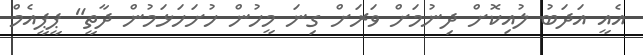
އެއީ އަދަބު ލުއިކޮށް ދިނުމަށް ވަރަށް ގިނަ މީހުން ހުށަހަޅަމުން ދާތީ" ޕީޕީއެމް